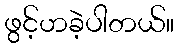
ဖွင့်ဟခဲ့ပါတယ်။